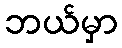
ဘယ်မှာ